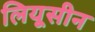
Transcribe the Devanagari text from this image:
लियूसीन